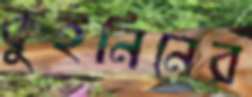
কুইনিনের